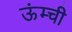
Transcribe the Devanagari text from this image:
ऊंम्ची